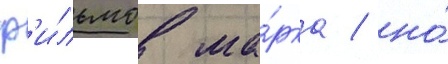
ф'и́льмов ма́рка / но́